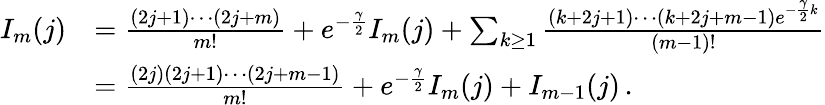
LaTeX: \begin{array}{rl}{I_{m}(j)}&{=\frac{(2j+1)\cdots(2j+m)}{m!}+e^{-\frac{\gamma}{2}}I_{m}(j)+\sum_{k\ge 1}\frac{(k+2j+1)\cdots(k+2j+m-1)e^{-\frac{\gamma}{2}k}}{(m-1)!}}\\ &{=\frac{(2j)(2j+1)\cdots(2j+m-1)}{m!}+e^{-\frac{\gamma}{2}}I_{m}(j)+I_{m-1}(j)\, .}\end{array}